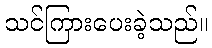
သင်ကြားပေးခဲ့သည်။